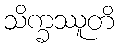
သိက္ခဿူတိ